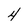
Character: 4